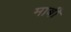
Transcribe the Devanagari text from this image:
माबी